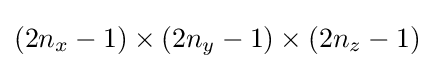
(2n_{x}-1)\times (2n_{y}-1)\times (2n_{z}-1)